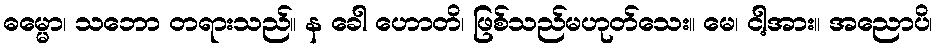
ဓမ္မော၊ သဘော တရားသည်။ န ခေါ ဟောတိ၊ ဖြစ်သည်မဟုတ်သေး။ မေ၊ ငါ့အား။ အညောပိ၊